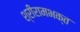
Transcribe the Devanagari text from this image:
श्रीरामभक्त